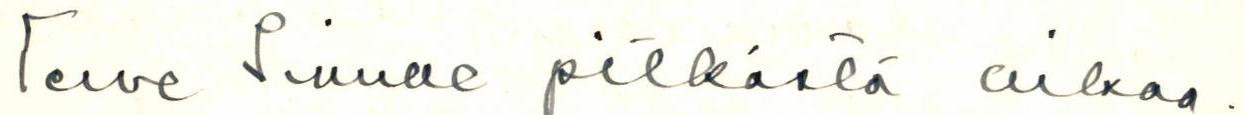
Terve Sinulle pitkästä aikaa.